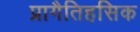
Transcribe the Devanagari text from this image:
प्रागैतिहसिक